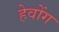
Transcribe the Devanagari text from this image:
हेवोंग